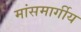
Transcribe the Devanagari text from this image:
मांसमार्गीय